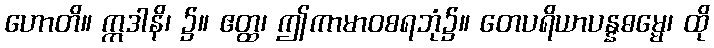
ဟောတိ။ ဣဒါနိ၊ ၌။ ဧတ္ထ၊ ဤကာမာဝစရဘုံ၌။ တေပရိယာပန္နဓမ္မေ၊ ထို